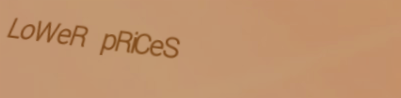
LoWeR pRiCeS